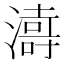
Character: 𱩅